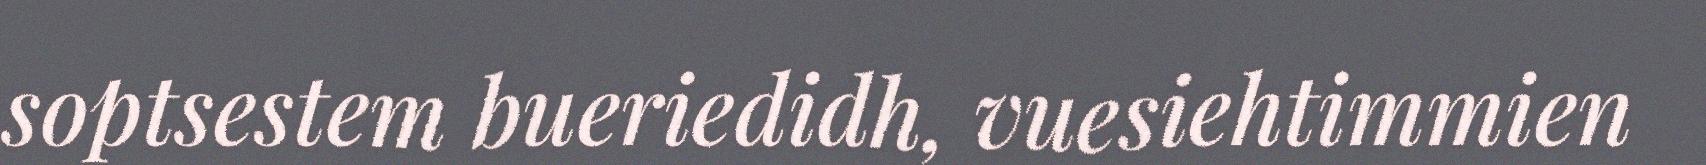
soptsestem bueriedidh, vuesiehtimmien